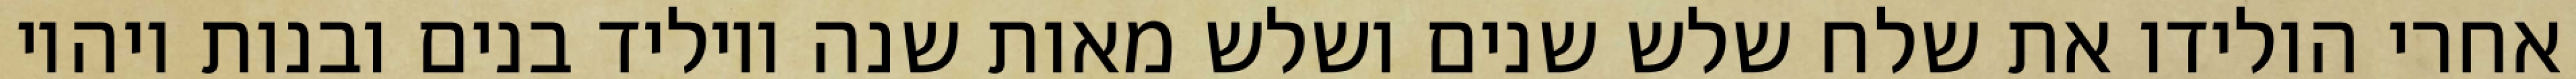
אחרי הולידו את שלח שלש שנים ושלש מאות שנה ויוליד בנים ובנות ויהיו